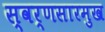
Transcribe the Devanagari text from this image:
स्वर्णसारमुख